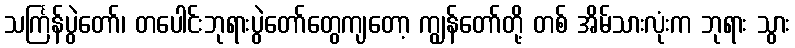
သင်္ကြန်ပွဲတော်၊ တပေါင်းဘုရားပွဲတော်တွေကျတော့ ကျွန်တော်တို့ တစ် အိမ်သားလုံးက ဘုရား သွား